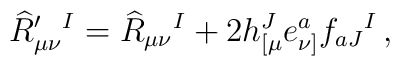
\widehat R'_{\mu \nu }{}^I= \widehat R_{\mu \nu }{}^I+ 2h_{[\mu }^Je_{\nu ]}^a  f_{aJ}{}^I\,,